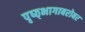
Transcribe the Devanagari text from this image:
पृष्ठ्भागाबरोबर